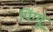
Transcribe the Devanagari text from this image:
पिंग्गू